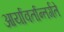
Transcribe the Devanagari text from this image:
आर्यावर्तान्तर्गते